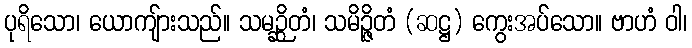
ပုရိသော၊ ယောကျ်ားသည်။ သမဉ္ဆိတံ၊ သမိဉ္ဇိတံ (ဆဋ္ဌ) ကွေးအပ်သော။ ဗာဟံ ဝါ၊